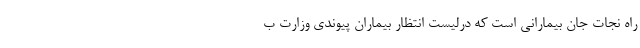
راه نجات جان بیمارانی است که درلیست انتظار بیماران پیوندی وزارت ب